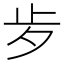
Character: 㱑